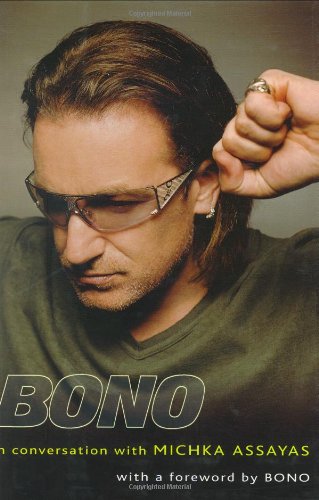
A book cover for Bono: In Conversation with Michka Assayas; Michka Assayas; Biographies & Memoirs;